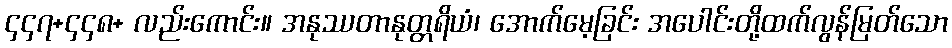
၄၄၇+၄၄၈+ လည်းကောင်း။ အနုဿတာနုတ္တရိယံ၊ အောက်မေ့ခြင်း အပေါင်းတို့ထက်လွန်မြတ်သော